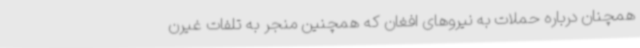
همچنان درباره حملات به نیروهای افغان که همچنین منجر به تلفات غیرن